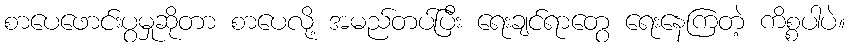
စာပေဖောင်းပွမှုဆိုတာ စာပေလို့ အမည်တပ်ပြီး ရေးချင်ရာတွေ ရေးနေကြတဲ့ ကိစ္စပါပဲ။